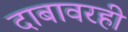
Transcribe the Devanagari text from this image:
दाबावरही